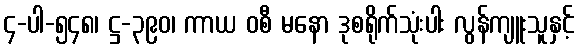
၄-ပါ-၅၄၈၊ ဋ္ဌ-၃၉၀၊ ကာယ ဝစီ မနော ဒုစရိုက်သုံးပါး လွန်ကျူးသူနှင့်